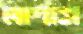
লাগাস